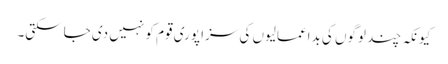
کیونکہ چند لوگوں کی بداعمالیوں کی سزا پوری قوم کو نہیں دی جاسکتی۔